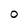
Character: 0